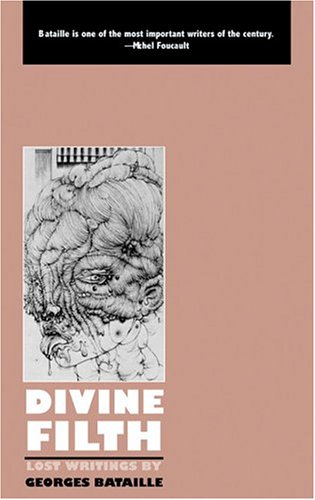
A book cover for Divine Filth: Lost Writings by Georges Bataille (Creation Modern Classics); Georges Bataille; Romance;